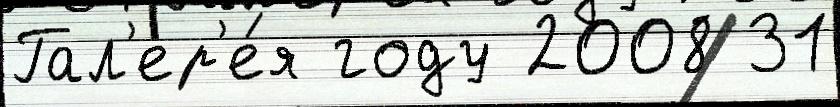
Гал'ер'е́я году 2008 31